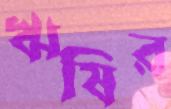
ঋষির